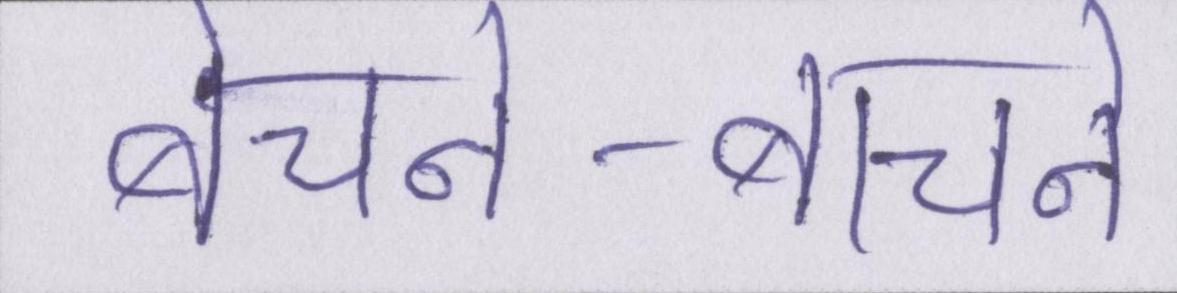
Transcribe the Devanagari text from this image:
बेचने-बाचने